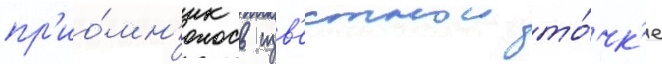
пр'ио́мн'ик в изв'естнои то́чк'е